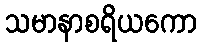
သမာနာစရိယကော